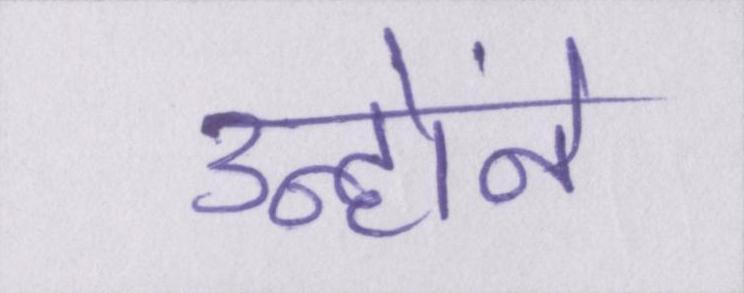
उन्होंने